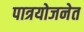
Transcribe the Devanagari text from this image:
पात्रयोजनेत